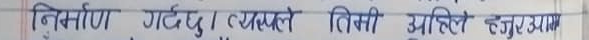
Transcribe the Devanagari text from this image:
निर्माण गर्दछु। यसले तिमी आदि हजुरलाई